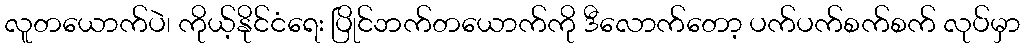
လူတယောက်ပဲ၊ ကိုယ့်နိုင်ငံရေး ပြိုင်ဘက်တယောက်ကို ဒီလောက်တော့ ပက်ပက်စက်စက် လုပ်မှာ